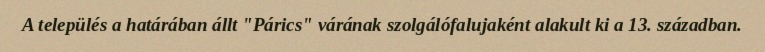
A település a határában állt "Párics" várának szolgálófalujaként alakult ki a 13. században.